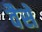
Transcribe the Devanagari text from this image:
वैसें